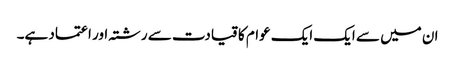
ان میں سے ایک ایک عوام کا قیادت سے رشتہ اور اعتماد ہے۔